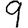
Digit: 9